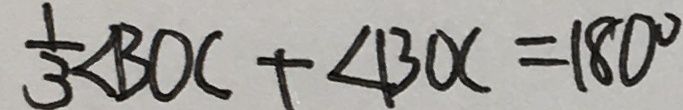
\frac { 1 } { 3 } \angle B O C + \angle B O C = 1 8 0 ^ { \circ }